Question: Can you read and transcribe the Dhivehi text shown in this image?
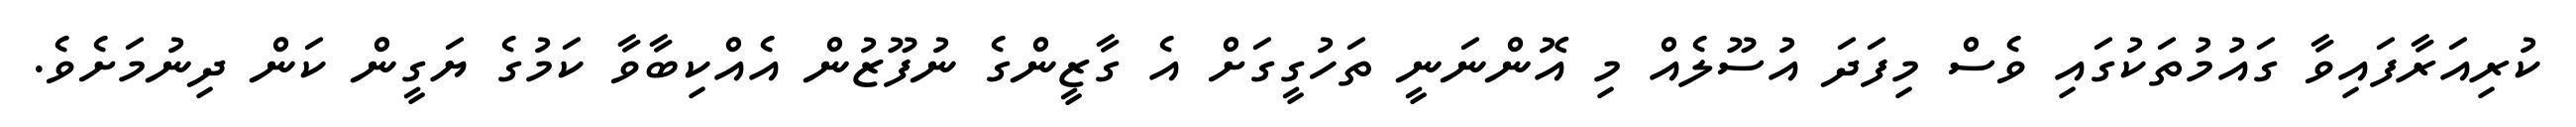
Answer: ކުރިއަރާފައިވާ ގައުމުތަކުގައި ވެސް މިފަދަ އުސޫލެއް މި އޮންނަނީ ތަހުގީގަށް އެ ގާޒީންގެ ނުފޫޒުން އެއްކިބާވާ ކަމުގެ ޔަގީން ކަން ދިނުމަށެވެ.